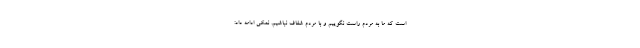
است که ما به مردم راست نگوییم و با مردم شفاف نباشیم. نمکی ادامه داد: